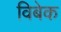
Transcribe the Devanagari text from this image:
विबेक